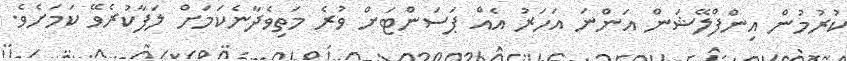
ކުރުމުން އިންފްލޭޝަން އަންނަ އަހަރު އެއް ޕަސަންޓަށް ވުރެ މަތިވެދާނެކަމަށް ލަފާކުރެވޭ ކަމަށެވެ.